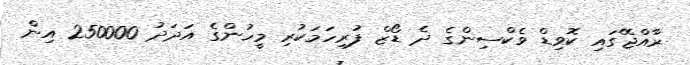
ރާއްޖޭގައި ކޮވިޑް ވެކްސިންގެ ދެ ޑޯޒް ފުރިހަމަކުރި މީހުންގެ އަދަދު 250000 އިން